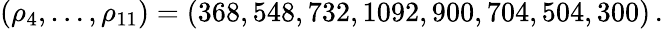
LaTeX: (\rho_{4},\ldots,\rho_{11})=(368,548,732,1092,900,704,504,300)\, .